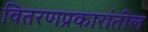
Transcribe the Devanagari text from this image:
वितरणप्रकारांतील